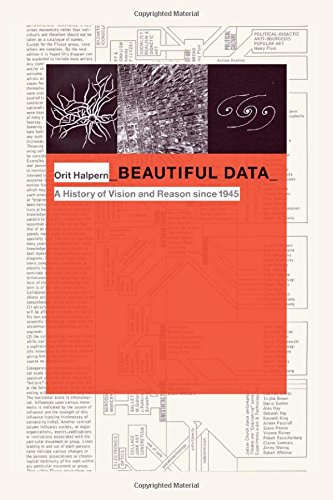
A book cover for Beautiful Data: A History of Vision and Reason since 1945 (Experimental Futures); Orit Halpern; Computers & Technology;